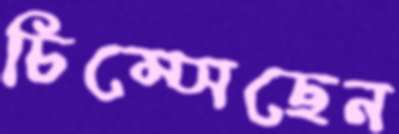
চিম্‌সেছেন